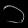
Digit: ၁